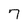
Character: 7